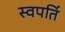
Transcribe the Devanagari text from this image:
स्वपतिं